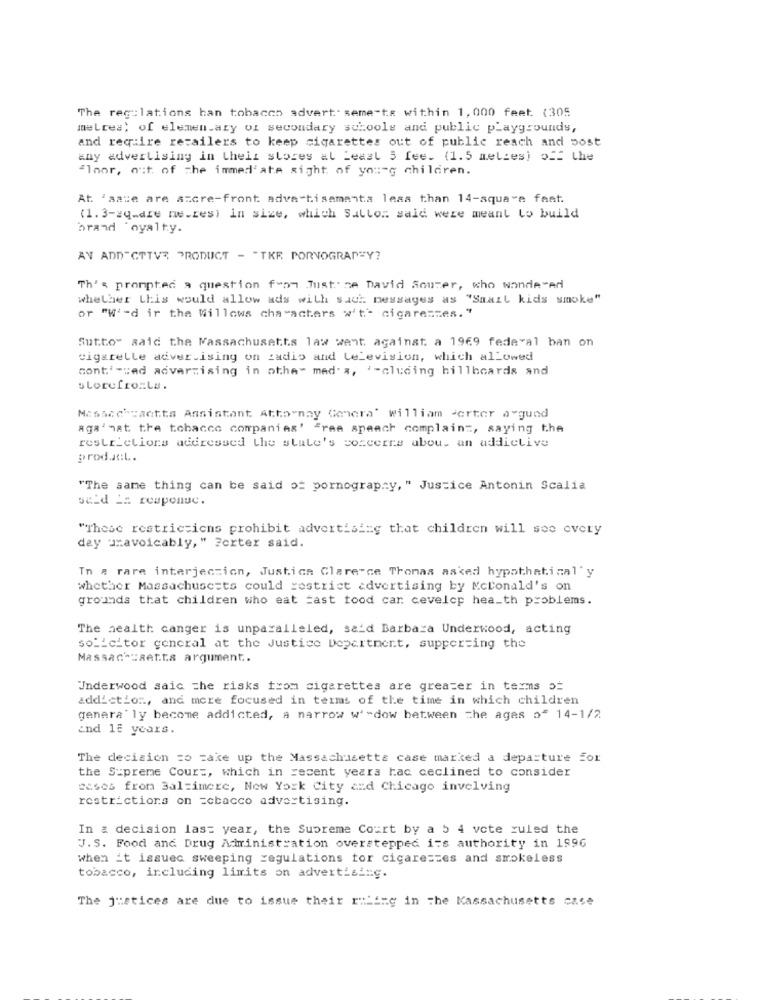
The regulations han tobacco advertisements within 1,000 feet. (305
melres; of elemen.ary of secondary schools and public playgrounds,
and require retailers to keep cigarettes out of public reach and post
any advertising in theiz stores at Least 5 fee. (1.5 melzes) off the
floor, out of the immed'ate sight of you-g children.
At 'aase are ascre-front advertisements less than 14-square faat.
(1. 3-sq.dre ne.zes) in size, which Sallor said were meant to build
brand oyalty.
AV ADD"CTTV3 PRODUCT - "TKR PORNOGRAPHY?
Th's prompted a question from Just. se David Souter, who wondered
whether this would allow ads with such messages as "Saazt kids smoke"
or "Wi-d ir the Willows characters w't' cigareszes."
Sutto" said the Massachusetts law want against a 1969 federal ban on
cigarelle advertising on radio and television, which allowed
cont'="ad advertising in other med. a, '-cluding billboards and
slorefro:La.
Mesacchcantts Assistant Attoynay Genera' William sorter argund
aga' mat the tobacco companies' Free speech complaint, saying the
restrictions addressed the state's concerns about an addictive
product.
"The same thing can be said o= pornography, " Justice Antonin Scalia
scid _: responuc.
"These restrictions prohibit advertising that children will see every
day uravoicably, " Forter said.
In # rare interjection, Justice Clarence Thomas asked hypothetical' y
whether Massachusetts could restrict advertising by Mcdonald's on
grounds that children who eat fast food car cevelcp health problems.
The health canger is unparalleled, said Barbara Underwood, acting
solicitor general at the Justice Department, supper=ing the
Massachusetts argument ..
Underwood saic the risks from cigarettes are greater in terms o
addiction, and more focused in terms of the time in which children
genera' ly become addicted, a narrow w'-dow between the ages of 14-1/2
ind 18 years.
The decision zo zake up the Massachusetts case marked a departure for
the Supreme Court, which in recent years hac ceclined to consider
casos from Baltimore, New York City and Chicago invelving
restrictions on tobacco advertising.
In a decision last year, the Supreme Court by a 5 4 vote ruled the
J.S. Food and Drug Administration overstepped its authority in 1996
when it issuec sweeping regulations for cigareszes and smokeless
tobacco, including limits on advertising.
The justices are due to issue their riLing in the Massachusetts case